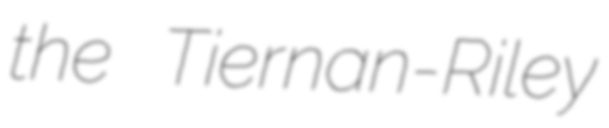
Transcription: the Tiernan-Riley